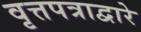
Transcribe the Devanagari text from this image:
वृत्तपत्राद्वारे